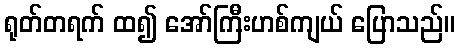
ရုတ်တရက် ထ၍ အော်ကြီးဟစ်ကျယ် ပြောသည်။